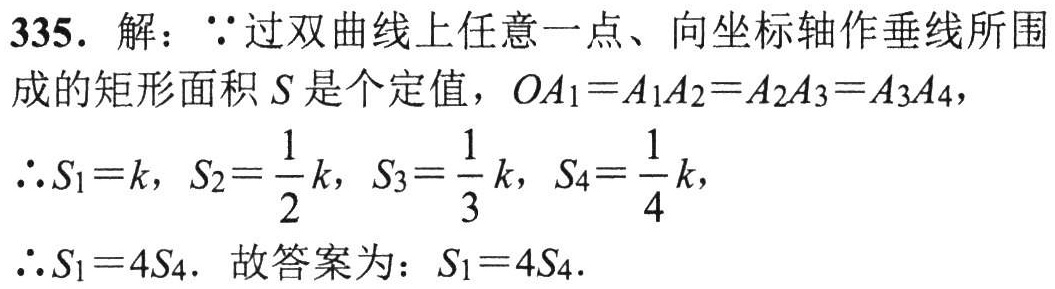
335. 解：$\because$过双曲线上任意一点、向坐标轴作垂线所围成的矩形面积$S$是个定值，$OA_1 = A_1A_2 = A_2A_3 = A_3A_4$，

$\therefore S_1 = k$，$S_2 = \frac{1}{2}k$，$S_3 = \frac{1}{3}k$，$S_4 = \frac{1}{4}k$，

$\therefore S_1 = 4S_4$. 故答案为：$S_1 = 4S_4$.